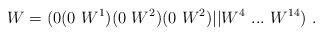
LaTeX: \begin{align*}W=(0 (0~W^1) (0~W^2) (0~W^2) \vert\vert W^4 ~...~W^{14} )~.\end{align*}